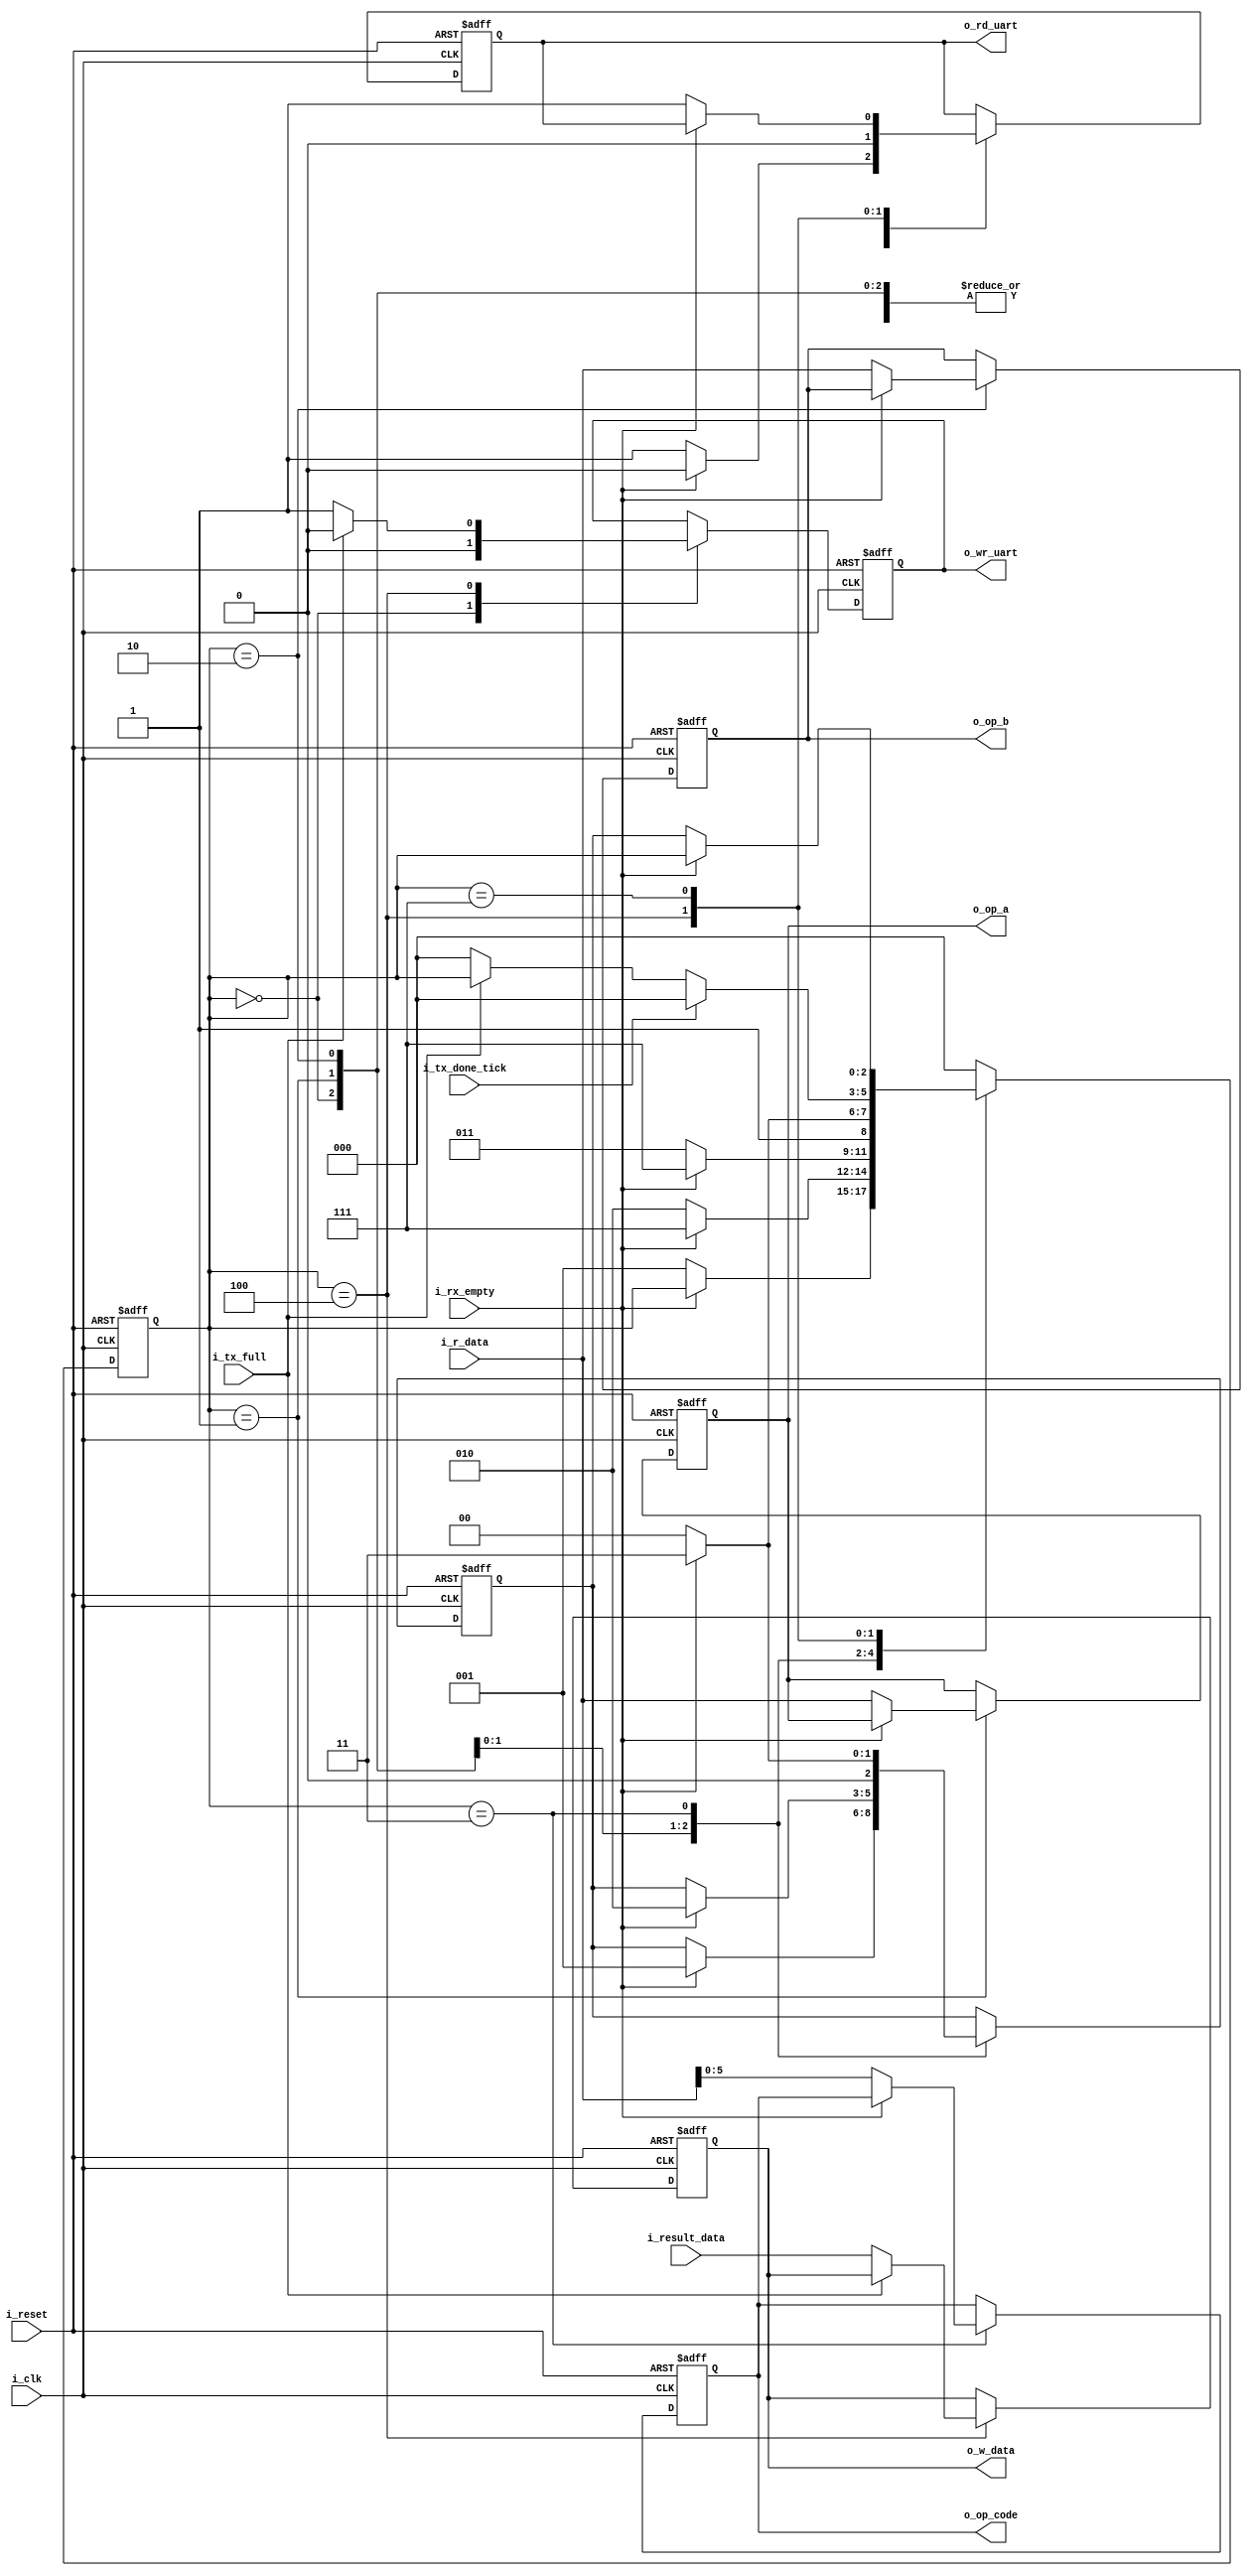
module uart_alu_interface
    #(
        // Parameters
        parameter       DATA_WIDTH      = 8,                // Data width (number of bits)
                        SAVE_COUNT      = 3,                // Number of data words to save
                        OP_SZ           = DATA_WIDTH,       // Operand size
                        OPCODE_SZ       = 6                 // Opcode size
    )
    (
        // Inputs
        input wire i_clk,                           // Clock
        input wire i_reset,                         // Reset
        input wire i_rx_empty,                      // Receiver FIFO Empty Signal
        input wire i_tx_full,                       // Transmitter FIFO Full Signal
        input wire i_tx_done_tick,                  // Transmitter Done Signal
        input wire [DATA_WIDTH-1:0] i_r_data,       // UART Receiver Input
        input wire [DATA_WIDTH-1:0] i_result_data,  // ALU Result Register
        
        // Outputs
        output wire [DATA_WIDTH-1:0] o_w_data,      // UART Data Transmitted
        output wire o_wr_uart,                      // Receiver FIFO Input Read Signal
        output wire o_rd_uart,                      // Transmitter FIFO Input Write Signal
        output wire [OP_SZ-1:0] o_op_a,             // ALU Operand A
        output wire [OP_SZ-1:0] o_op_b,             // ALU Operand B
        output wire [OPCODE_SZ-1:0] o_op_code       // ALU Opcode
    );

    //! State Declaration
    localparam [2:0]
        IDLE        =   3'b000,
        SAVE_OP1    =   3'b001,
        SAVE_OP2    =   3'b010,
        COMPUTE_ALU =   3'b011,
        SEND_RESULT =   3'b100,
        HOLD        =   3'b111;

    //! Signal Declaration
    //reg [DATA_WIDTH-1 : 0] r_data, w_data;
    reg [2:0] state_reg, state_next;
    reg rd_uart_reg, rd_uart_reg_next;
    reg wr_uart_reg, wr_uart_reg_next;
    reg [2:0] aux_send, aux_send_next;

    // Registers to store received data //TODO Cambiar a array de regs?
    reg [OPCODE_SZ-1 : 0] opcode, opcode_next;
    reg [DATA_WIDTH-1 : 0] op1, op1_next; 
    reg [DATA_WIDTH-1 : 0] op2, op2_next;
    reg [DATA_WIDTH-1 : 0] result, result_next;

    //! FSMD States and data registers
    always @(posedge i_clk, posedge i_reset) begin
        if (i_reset) 
        begin
            // State
            state_reg <= IDLE;
            // Control
            rd_uart_reg <= 1'b0;
            wr_uart_reg <= 1'b0;
            aux_send <= IDLE;
            // Data
            opcode <= {OPCODE_SZ {1'b0}};
            op1 <= {DATA_WIDTH{1'b0}};
            op2 <= {DATA_WIDTH{1'b0}};
            result <= {DATA_WIDTH{1'b0}};
        end 
        else 
        begin
            state_reg <= state_next;
            // Control
            rd_uart_reg <= rd_uart_reg_next;
            wr_uart_reg <= wr_uart_reg_next;
            aux_send <= aux_send_next;
            // Data
            opcode <= opcode_next;
            op1 <= op1_next;
            op2 <= op2_next;
            result <= result_next;
        end
    end

    //! Next-State Logic
    always @(*) begin
        // Initial assignments
        state_next = state_reg;
        wr_uart_reg_next = wr_uart_reg;
        rd_uart_reg_next = rd_uart_reg;
        aux_send_next = aux_send;
        op1_next = op1;
        op2_next = op2;
        opcode_next = opcode;
        result_next = result;

        case (state_reg)
            IDLE: 
            begin
                wr_uart_reg_next = 1'b0;
                rd_uart_reg_next = 1'b0;
                if (~i_rx_empty) 
                    begin
                        state_next = SAVE_OP1;
                        rd_uart_reg_next = 1'b1;
                    end
            end
            SAVE_OP1: 
            begin
                if(~i_rx_empty)
                    begin
                        op1_next = i_r_data;
                        rd_uart_reg_next = 1'b1;
                        state_next = SAVE_OP2;
                    end
                else
                    begin
                        rd_uart_reg_next = 1'b0;
                        state_next = HOLD;
                        aux_send_next = SAVE_OP1;
                    end
            end
            SAVE_OP2: 
            begin
                if(~i_rx_empty)
                    begin
                        op2_next = i_r_data;
                        rd_uart_reg_next = 1'b1;
                        state_next = COMPUTE_ALU;
                    end
                else
                    begin
                        rd_uart_reg_next = 1'b0;
                        state_next = HOLD;
                        aux_send_next = SAVE_OP2;
                    end
            end
            COMPUTE_ALU: 
            begin
                if(~i_rx_empty)
                    begin
                        state_next = SEND_RESULT;
                        opcode_next = i_r_data[OPCODE_SZ-1 : 0];
                        rd_uart_reg_next = 1'b1;
                        aux_send_next = 1'b0;
                    end
                else
                    begin
                        rd_uart_reg_next = 1'b0;
                        state_next = HOLD;
                        aux_send_next = COMPUTE_ALU;
                    end
            end
            SEND_RESULT: 
            begin
                rd_uart_reg_next = 1'b0;
                if (~i_tx_full) 
                    begin
                        result_next = i_result_data; 
                        wr_uart_reg_next = 1'b1;
                        state_next = IDLE;
                    end
                else
                    begin
                        wr_uart_reg_next = 1'b0;
                    end
                if (i_tx_done_tick)
                    begin
                        state_next = IDLE;
                    end
            end
            HOLD:
            begin
                if(~i_rx_empty)
                    begin
                        state_next = aux_send;
                        rd_uart_reg_next = 1'b1;
                    end
            end
            default: state_next = IDLE;
        endcase
       
    end

    //! Assignments
    assign o_w_data = result;           // Write UART (TX)
    assign o_rd_uart = rd_uart_reg;     // Read UART Signal
    assign o_wr_uart = wr_uart_reg;     // Write UART Signal
    assign o_op_code = opcode;          // ALU Operation Code
    assign o_op_a = op1;                // ALU Operand A
    assign o_op_b = op2;                // ALU Operand B

endmodule